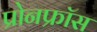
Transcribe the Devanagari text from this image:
प्रोनफ्रॉस